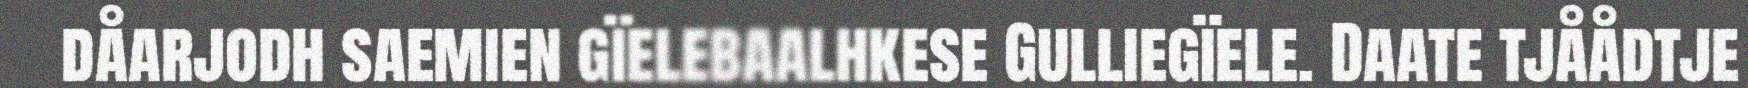
dåarjodh saemien gïelebaalhkese Gulliegïele. Daate tjåådtje